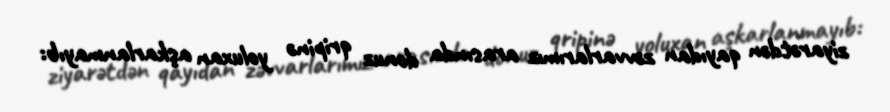
ziyarətdən qayıdan zəvvarlarımız arasında donuz qripinə yoluxan aşkarlanmayıb: